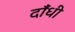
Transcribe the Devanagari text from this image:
दाँधी